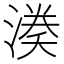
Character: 𭱱